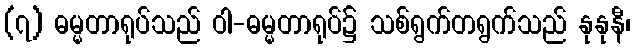
(၇) ဓမ္မတာရုပ်သည် ဝါ-ဓမ္မတာရုပ်၌ သစ်ရွက်တရွက်သည် နုနုနီ၊